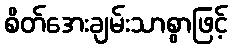
စိတ်အေးချမ်းသာစွာဖြင့်